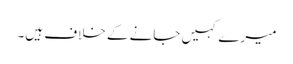
میرے کہیں جانے کے خلاف ہیں۔